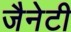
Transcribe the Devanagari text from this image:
जैनेटी